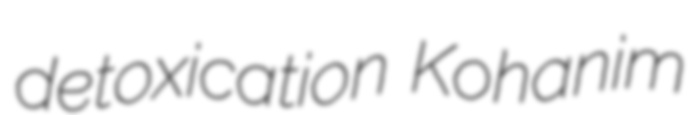
detoxication Kohanim